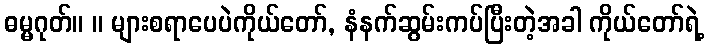
ဓမ္မဂုတ်။ ။ များစရာပေပဲကိုယ်တော်, နံနက်ဆွမ်းကပ်ပြီးတဲ့အခါ ကိုယ်တော်ရဲ့